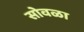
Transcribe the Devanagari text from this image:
सोवळा